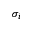
\sigma _ { i }